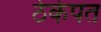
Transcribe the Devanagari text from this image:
ठेकेपत